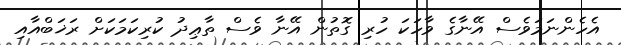
އެހެންނަމަވެސް އޭނާގެ ވާހަކަ ހުރި ގޮތުން އޭނާ ވެސް ތާޢިދު ކުރިކަމަކަށް ރަޚަބްއާއި